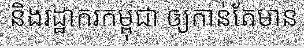
និងរដ្ឋាករកម្ពុជា ឲ្យកាន់តែមាន